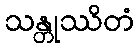
သန္တုဿိတံ